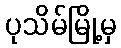
ပုသိမ်မြို့မှ